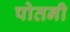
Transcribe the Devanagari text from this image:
पोतनी